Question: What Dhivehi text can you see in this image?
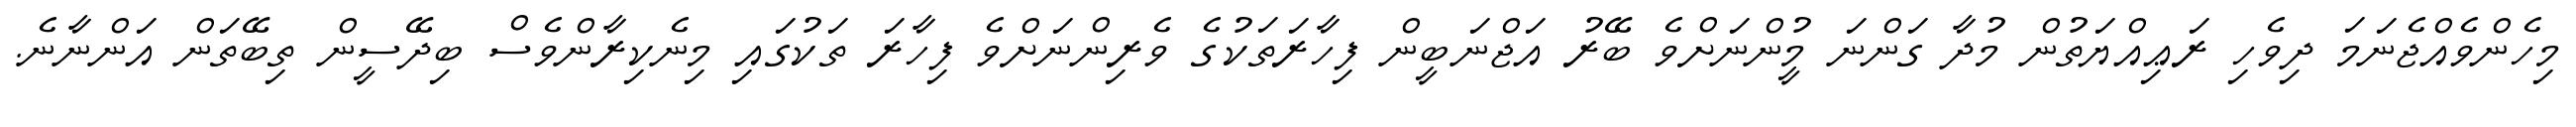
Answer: މިހެންވެއްޖެނަމަ ދިވެހި ރަޢިއްޔަތުން މުދާ ގަންނަ މީުންނަށްވެ ބޭރު އަޖްނަބީން ފިހާރަތަކުގެ ވެރިންނަށްވެ ފިހާރަ ތަކުގައި މިނެކިރާންވެސް ބިދޭސީން ތިބޭތަން އަންނާނެ.